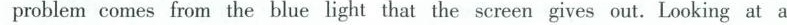
problem comes from the blue light that the screen gives out. Looking at